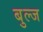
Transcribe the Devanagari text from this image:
बुल्ज